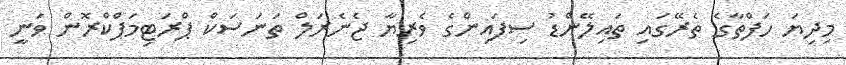
މިދިޔަ ހަފްތާގެ ތެރޭގައި ތައިލޭންޑު ސިފައިންގެ ވެރިޔާ ޖެނެރަލް ތަނަސަކް ޕްރަޓިމަޕްކްރޮން ވަނީ